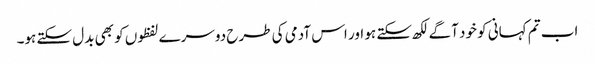
اب تم کہانی کو خود آگے لکھ سکتے ہو اور اس آدمی کی طرح دوسرے لفظوں کو بھی بدل سکتے ہو۔